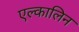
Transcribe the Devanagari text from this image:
एल्कालिन